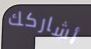
أشاركك